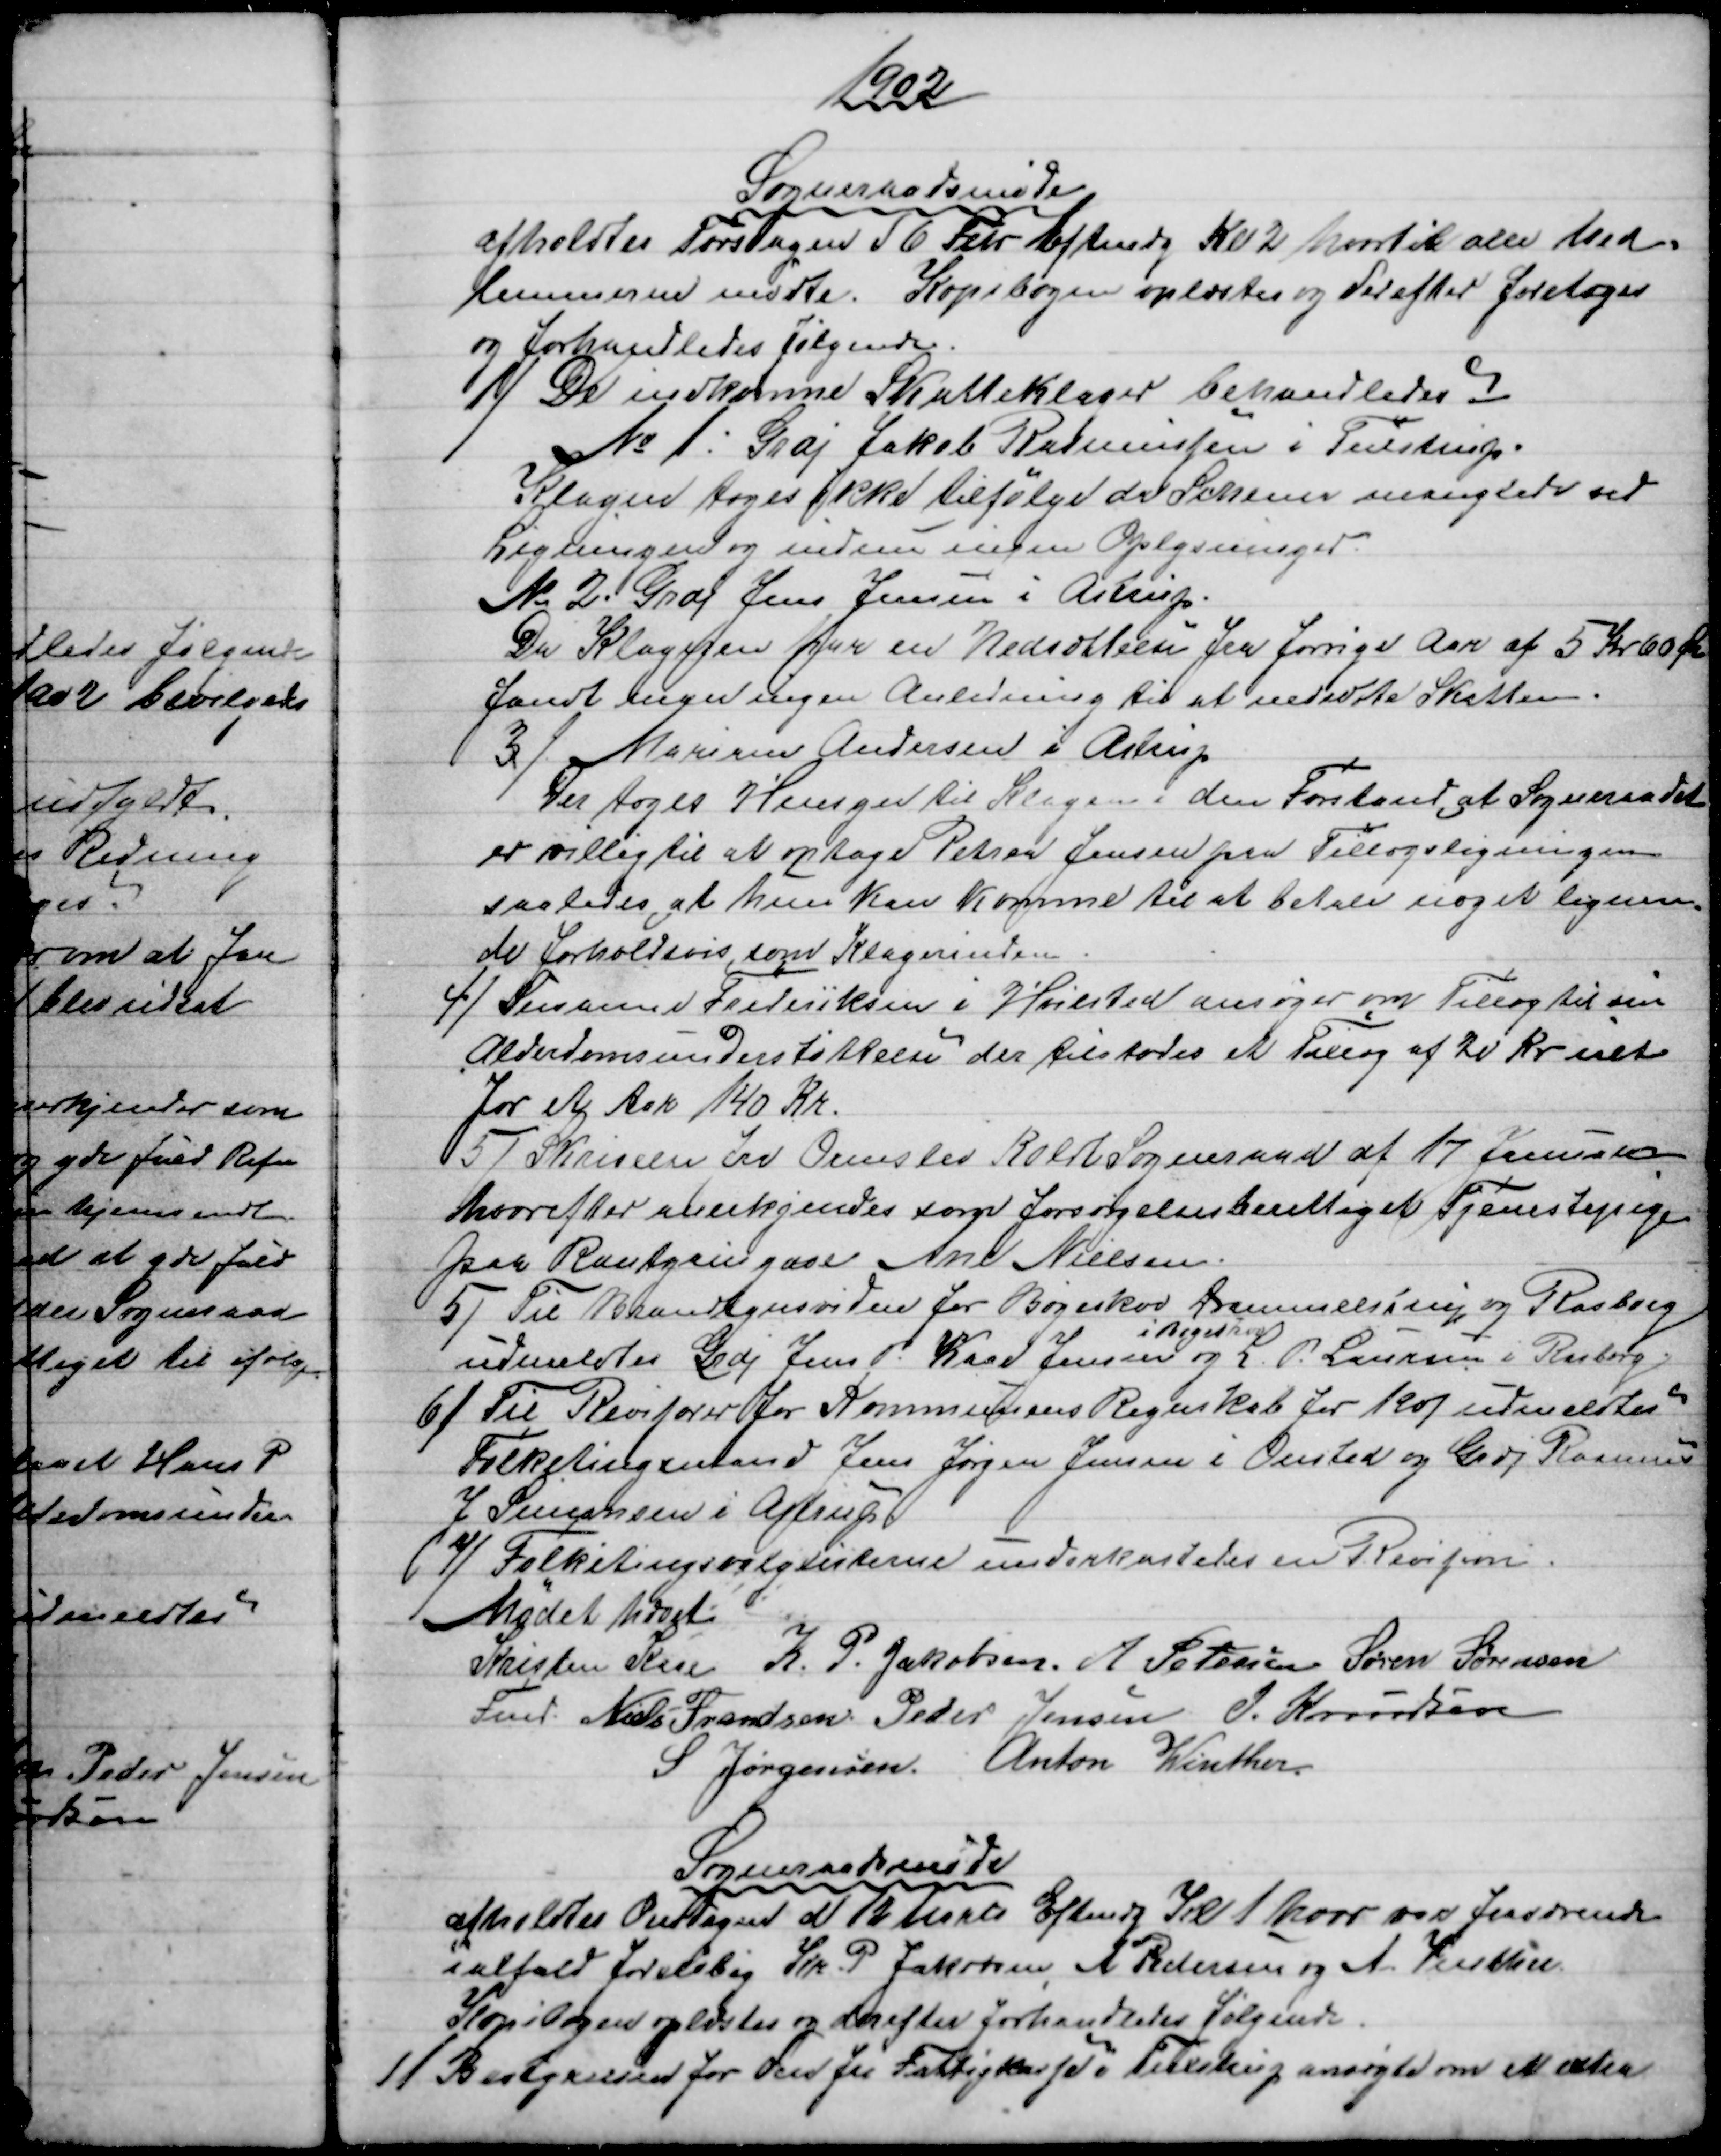
Transskription:
1902
Sogneraadsmøde
afholdtes Torsdagen d 6 Febr Eftmdg Kl. 2 hvortil alle Med=
lemmerne mødte. Kopibogen oplæstes og derefter foretoges
og forhandledes følgende.
1) De indkomne Skatteklager behandledes
№ 1: Grdj Jakob Rasmussen i Tuestrup.
Klagen toges ikke tilfølge da Schema manglede ved
Ligningen og endnu ingen Oplysninger.
№ 2. Grdj Jens Jensen i Astrup.
Da Klageren har en Nedsættelse fra forrige Aar af 5 Kr 60 Øre
fandt man ingen Anledning til at nedsætte Skatten.
3) 
Mariane Andersen i Astrup
Der toges Hensyn til Klagen i den Forstand, at Sogneraadet
er villig til at optage Petrea Jensen paa Tillægsligningen
saaledes, at hun kan komme til at betale noget lignen=
de forholdsvis, som Klagerinden.
4) 
Susanne Frederiksen i Hvilsted ansøger om Tillæg til sin
Alderdomsunderstøttelse der tilstodes et Tillæg af 20 Kr ialt
for et Aar 140 Kr.
5) 
Skrivelse fra Ormslev Koldt Sogneraad af 17 Januar
hvorefter anerkjendes som forsørgelsesberettiget Tjenestepige
paa Rantzausgave Ane Nielsen.
5) 
Til Brandsynsvidne for Bøgeskov, Drammelstrup og Rasborg
udmeldtes Grdj Jens P. Kaae Jensen 
i Bøgeskov
og L. P. Laursen i Rasborg.
6) 
Til Revisorer for Kommunens Regnskab for 1901 udmeldtes
Folketingsmand Jens Jørgen Jensen i Onsted og Grdj Rasmus
J Simonsen i Astrup
7)
Folketingsvalglisterne underkastedes en Revision
Mødet hævet
Kristen Kaae 
Fmd. 
K. P. Jakobsen A Petersen Søren Sørensen
Niels Frandsen Peder Jensen J. Knudsen
S Jørgensen. Anton Winther
Sognerådsmøde
afholdtes Onsdagen d 12 Marts Eftmd Kl. 1 hvor var fraværende
ialfald foreløbig Kr. P. Jakobsen, A. Pedersen og A. Vinther
Kopibogen oplæstes og derefter forhandledes følgende.
1)
 Bestyrelsen for den fri Fattigkasse i Tulstrup ansøgte om et extra